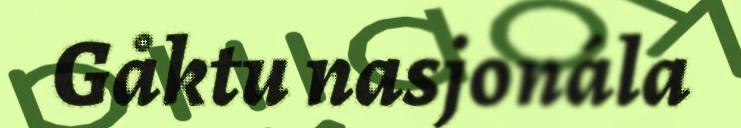
Gåktu nasjonála